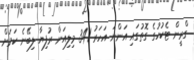
ގްރީން ޓެކުހުގެ ގޮތުގައި އަންނަ އަހަރު 341 މިލިއަން ރުފިޔާ ލިބޭނެ ކަމަށް